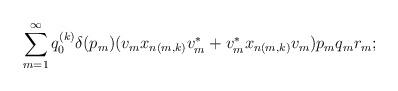
LaTeX: \begin{align*}\sum_{m=1}^\infty q_0^{(k)}\delta(p_m)(v_mx_{n(m,k)}v_m^*+v_m^*x_{n(m,k)}v_m)p_mq_mr_m; \end{align*}